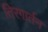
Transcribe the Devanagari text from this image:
तिरगार्तन